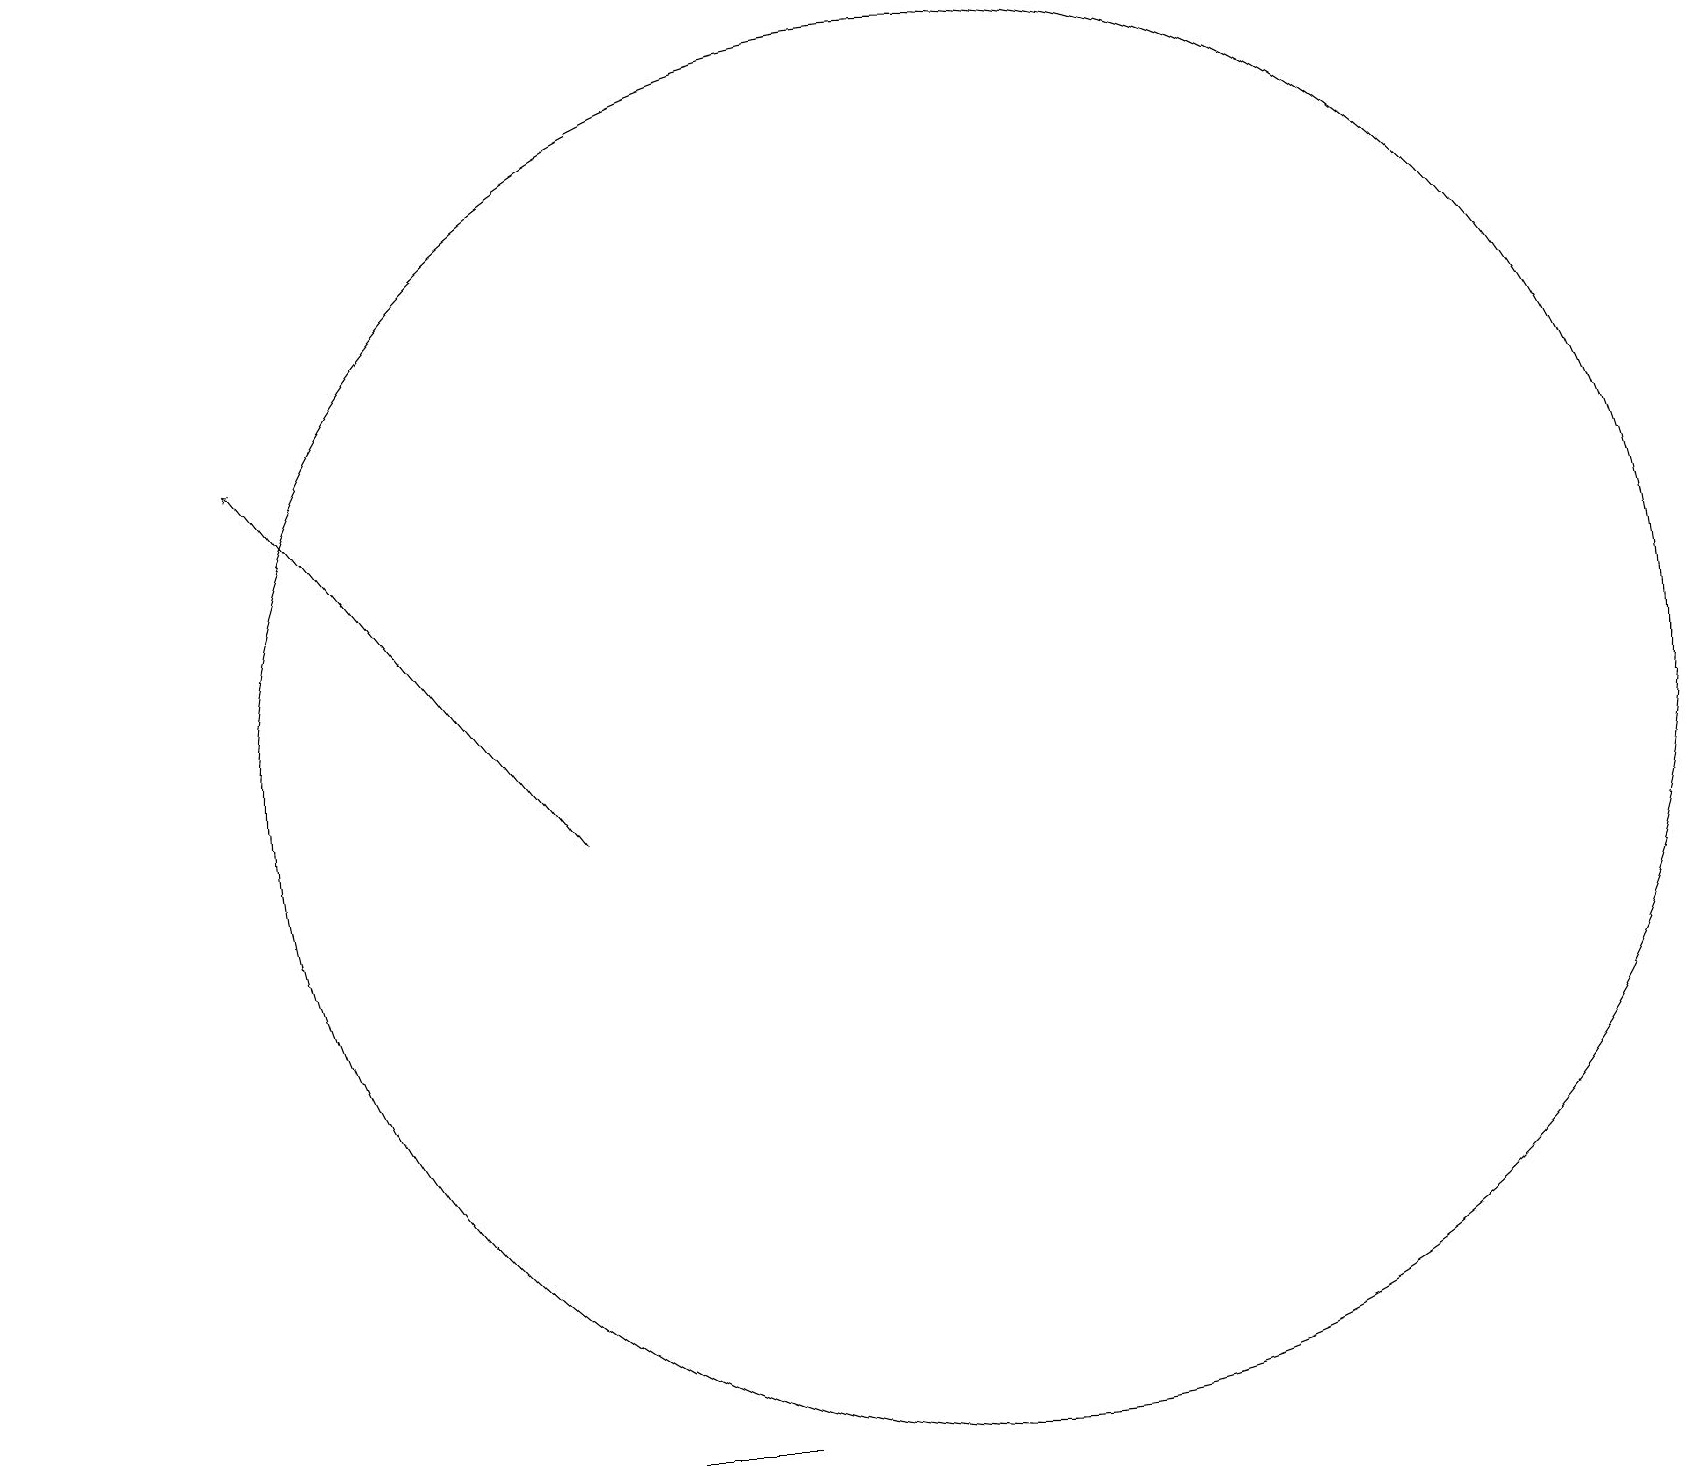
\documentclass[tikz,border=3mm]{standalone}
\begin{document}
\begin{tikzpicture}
\draw (12,12) circle (9);
\draw (0,3) -- (5,3) -- (9,3) -- cycle;
\draw[->] (7,11) -- (3,16);
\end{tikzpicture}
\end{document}